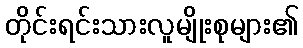
တိုင်းရင်းသားလူမျိုးစုများ၏